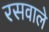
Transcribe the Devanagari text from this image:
रसवाले